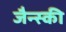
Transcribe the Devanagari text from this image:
जैन्स्की